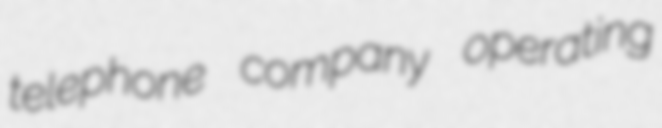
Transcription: telephone company operating